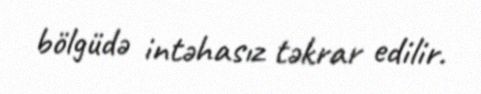
bölgüdə intəhasız təkrar edilir.